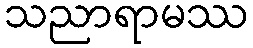
သညာရာမဿ